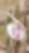
ন